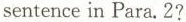
sentence in Para. 2?